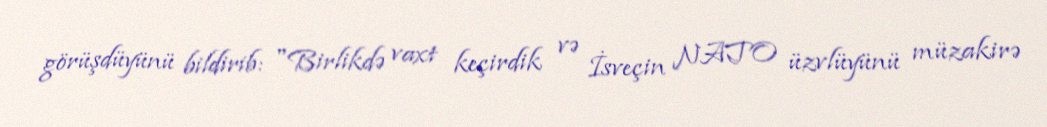
görüşdüyünü bildirib: "Birlikdə vaxt keçirdik və İsveçin NATO üzvlüyünü müzakirə